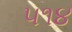
૫૧૪